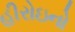
હીરોઇનો